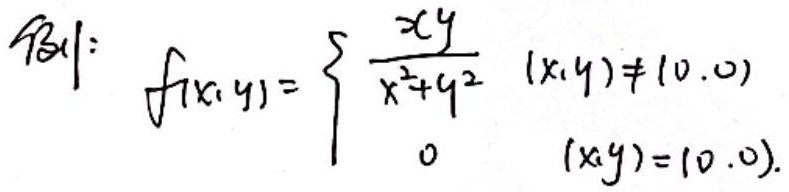
例1:
\[ f(x,y)=\begin{cases}\frac{xy}{x^{2}+y^{2}} & \text{当 }(x,y)\neq(0,0) \\0 & \text{当 }(x,y)=(0,0)\end{cases}\]